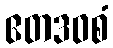
ဧတဒဝစံ